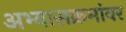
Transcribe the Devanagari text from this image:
अभ्यासक्रमांवर